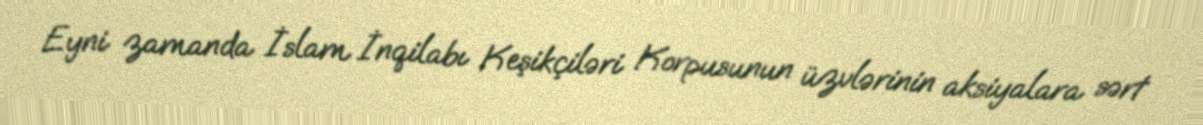
Eyni zamanda İslam İnqilabı Keşikçiləri Korpusunun üzvlərinin aksiyalara sərt